Mental hospitals Bombay report 1929-33 - 1929-1933
Year: 1929
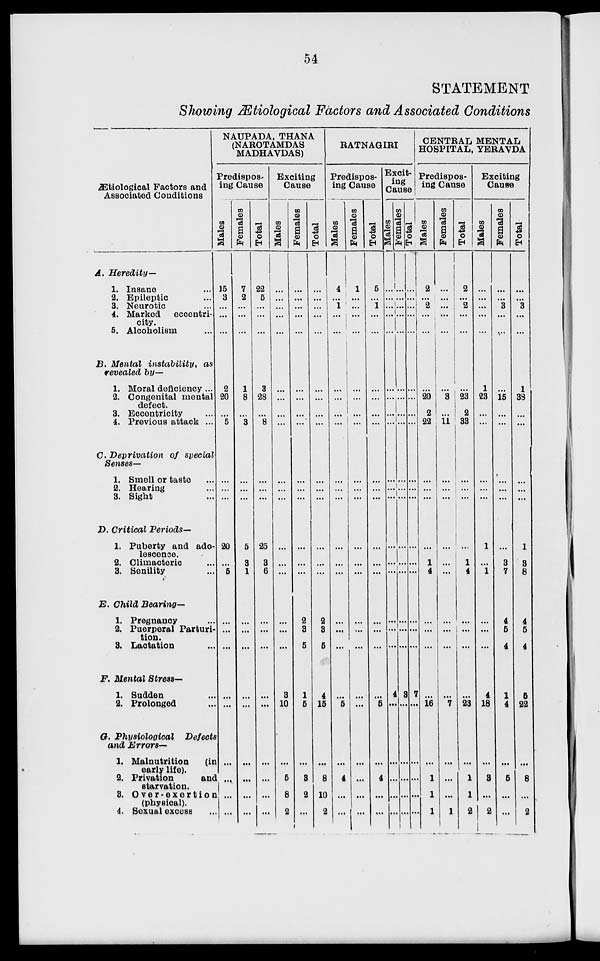
54
STATEMENT
Showing Ætiological Factors and Associated Conditions
Ætiological Factors and
Associated Conditions
A.
B.
C.
D.
E.
F.
G.
Heredity—
1. Insane ...
2. Epileptic ...
3. Neurotic ...
4. Marked
eccentri-
city.
5. Alcoholism ...
Mental instability,
as
revealed by—
1. Moral deficiency ...
2. Congenital mental
defect.
3. Eccentricity ...
4. Previous attack ...
Deprivation
of special
Senses—
1. Smell or taste ...
2. Hearing ...
3. Sight ...
Critical
Periods—
1. Puberty and ado-
lescence.
2. Climacteric ...
3. Senility ...
Child Bearing—
1. Pregnancy ...
2. Puerperal Parturi-
tion.
3. Lactation ...
Mental Stress—
1. Sudden ...
2. Prolonged ...
Physiological
Defects
and Errors—
1. Malnutrition
(in
early life).
2. Privation
and
starvation.
3. Over-exertion
(physical).
4. Sexual excess ...
NAUPADA, THANA
(NAROTAMDAS
MADHAVDAS)
Predispos-
ing Cause
Males
15
3
...
...
...
2
20
...
5
...
...
...
20
...
5
...
...
...
...
...
...
...
...
...
Females
7
2
...
...
...
1
8
...
3
...
...
...
5
3
1
...
...
...
...
...
...
...
...
...
Total
22
5
...
...
...
3
28
...
8
...
...
...
25
3
6
...
...
...
...
...
...
...
...
...
Exciting
Cause
Males
...
...
...
...
...
...
...
...
...
...
...
...
...
...
...
...
...
...
3
10
...
5
8
2
Females
...
...
...
...
...
...
...
...
...
...
...
...
...
...
...
2
3
5
1
5
...
3
2
...
Total
...
...
...
...
...
...
...
...
...
...
...
...
...
...
...
2
3
5
4
15
...
8
10
2
RATNAGIRI
Predispos-
ing Cause
Males
4
...
1
...
...
...
...
...
...
...
...
...
...
...
...
...
...
...
...
5
...
4
...
...
Females
1
...
...
...
...
...
...
...
...
...
...
...
...
...
...
...
...
...
...
...
...
...
...
...
Total
5
...
1
...
...
...
...
...
...
...
...
...
...
...
...
...
...
...
...
5
...
4
...
...
Excit
ing
Cause-
Males
...
...
...
...
...
...
...
...
...
...
...
...
...
...
...
...
...
...
4
...
...
...
...
...
Females
...
...
...
...
...
...
...
...
...
...
...
...
...
...
...
...
...
...
3
...
...
...
...
...
Total
...
...
...
...
...
...
...
...
...
...
...
...
...
...
...
...
...
...
7
...
...
...
...
...
CENTRAL MENTAL
HOSPITAL, YERAVDA
Predispos-
ing Cause
Males
2
...
2
...
...
...
20
2
22
...
...
...
...
1
4
...
...
...
...
16
...
1
1
1
Females
...
...
...
...
...
...
3
...
11
...
...
...
...
...
...
...
...
...
...
7
...
...
...
1
Total
2
...
2
...
...
...
23
2
33
...
...
...
...
1
4
...
...
...
...
23
...
1
1
2
Exciting
Cause
Males
...
...
...
...
...
1
23
...
...
...
...
...
1
...
1
...
...
...
4
18
...
3
...
2
Females
...
...
3
...
...
...
15
...
...
...
...
...
...
3
7
4
5
4
1
4
...
5
...
...
Total
...
...
3
...
...
1
38
...
...
...
...
...
1
3
8
4
5
4
5
22
...
8
...
2